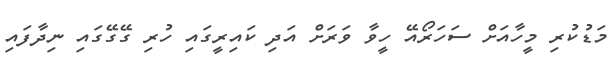
މަޑުކުރި މީހާއަށް ސަހަރޯއޭ ހީވާ ވަރަށް އަދި ކައިރީގައި ހުރި ގޭގޭގައި ނިދާފައި